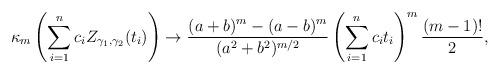
LaTeX: \begin{align*}\kappa_m\left(\sum_{i=1}^n c_i Z_{\gamma_1,\gamma_2}(t_i)\right)\rightarrow \frac{(a+b)^m - (a-b)^m}{(a^2+b^2)^{m/2}} \left(\sum_{i=1}^n c_i t_i\right)^m \frac{(m-1)!}{2},\end{align*}